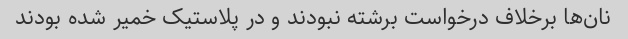
نان‌ها برخلاف درخواست برشته نبودند و در پلاستیک خمیر شده بودند